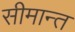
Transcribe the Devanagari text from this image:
सीमान्‍त